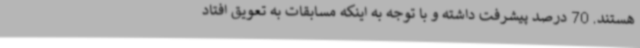
هستند. 70 درصد پیشرفت داشته و با توجه به اینکه مسابقات به تعویق افتاد